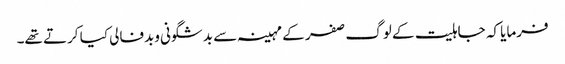
فرمایا کہ جاہلیت کے لوگ صفر کے مہینہ سے بدشگونی وبدفالی کیا کرتے تھے۔